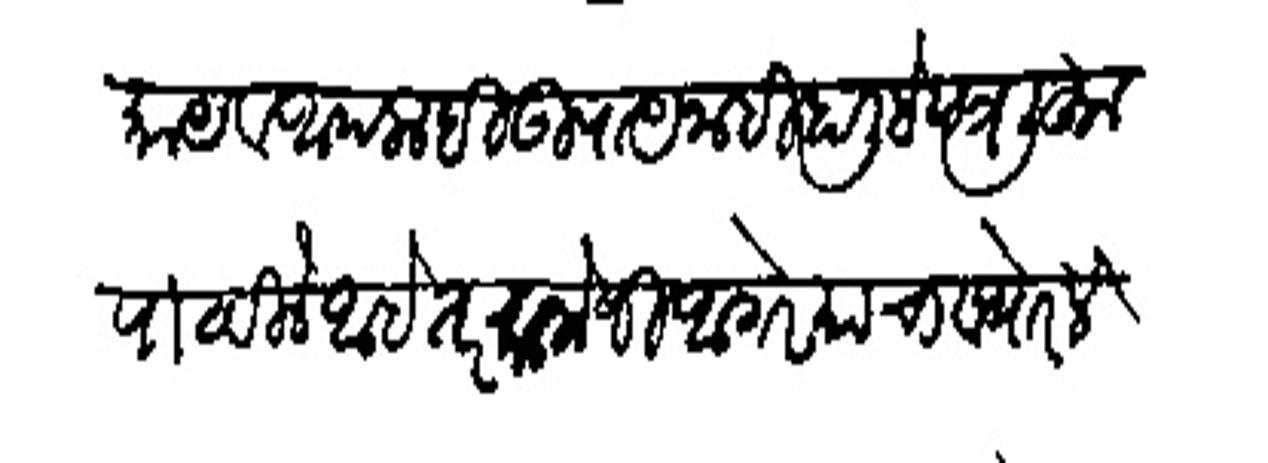
Transliteration (Devanagari): काय व आपलाही उपाय नाही हाली हे पत्र लिहृत पाठविले आहे तर कानोजी आगरे याचा व थोरले